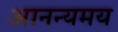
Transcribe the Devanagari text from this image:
आनन्यमय